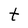
Character: t